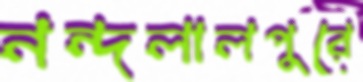
নন্দলালপুরে